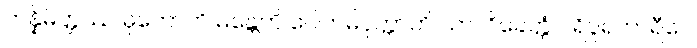
တန္နိမိတ္တဿ ဓုတောတိ မန္တေဟိ ဂေါတမိပုတ္တာတိ သာလိခေတ္တံ ပရိပူရကာရီပေ